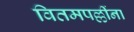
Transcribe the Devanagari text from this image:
वितमपल्लींना